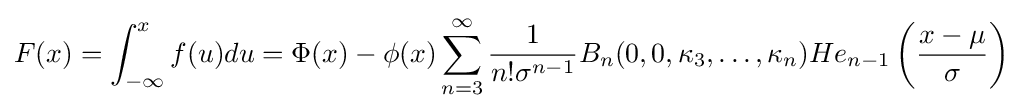
F(x)=\int _{-\infty }^{x}f(u)du=\Phi (x)-\phi (x)\sum _{n=3}^{\infty }{\frac {1}{n!\sigma ^{n-1}}}B_{n}(0,0,\kappa _{3},\ldots ,\kappa _{n})He_{n-1}\left({\frac {x-\mu }{\sigma }}\right)